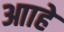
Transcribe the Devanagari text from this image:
आाहे